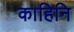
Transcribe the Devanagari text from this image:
काहिनि